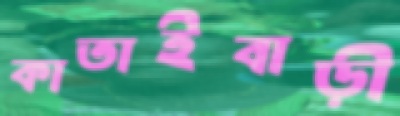
কাতাইবাড়ী